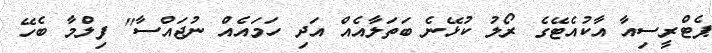
ޕެޓްރީސިއާ އާކުއެޓޭގެ ރޯލު ކުޅޭނެ ބަތަލާއެއް އަދި ހަމައެއް ނުޖައްސާ'' ފިލްމާ ބެހޭ